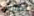
الافتراض